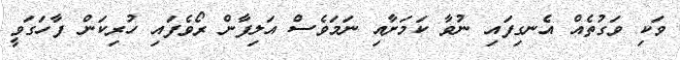
ވަކި ވަގުތެއް އެނގިފައި ނުވާ ކަމަށާއި ނަމަވެސް އަލިފާން ރޯވެފައި ހުރިކަން ފާހަގަވީ